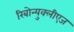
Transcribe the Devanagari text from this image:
रिबोन्युक्लीएज